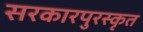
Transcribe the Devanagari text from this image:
सरकारपुरस्कृत